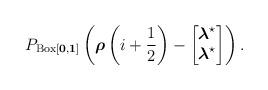
LaTeX: \begin{align*} P_{\operatorname{Box}[\boldsymbol{0}, \boldsymbol{1}]}\left(\boldsymbol{\rho}\left(i+\frac{1}{2}\right)-\begin{bmatrix}\boldsymbol{\lambda}^{\star} \\\boldsymbol{\lambda}^{\star}\end{bmatrix}\right).\end{align*}